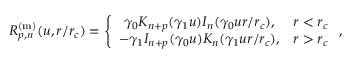
R _ { p , n } ^ { \mathrm { ( m ) } } ( u , r / r _ { c } ) = \left\{ \begin{array} { c c } { \gamma _ { 0 } K _ { n + p } ( \gamma _ { 1 } u ) I _ { n } ( \gamma _ { 0 } u r / r _ { c } ) , } & { r < r _ { c } } \\ { - \gamma _ { 1 } I _ { n + p } ( \gamma _ { 0 } u ) K _ { n } ( \gamma _ { 1 } u r / r _ { c } ) , } & { r > r _ { c } } \end{array} \right. ,